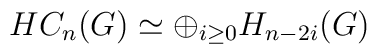
HC_{n}(G) \simeq \oplus_{i\geq 0} H_{n-2i}(G)